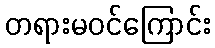
တရားမဝင်ကြောင်း